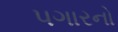
પગારનો